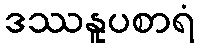
ဒဿနူပစာရံ